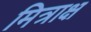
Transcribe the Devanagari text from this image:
मित्राक्ष